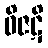
ဝိဇဋိ